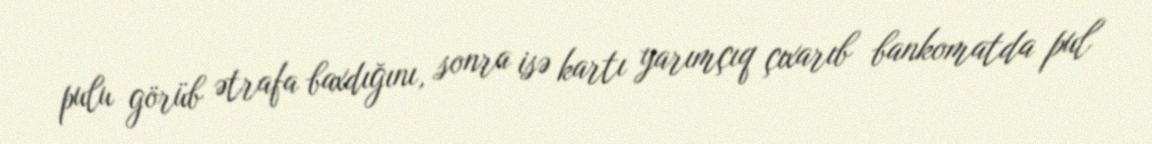
pulu görüb ətrafa baxdığını, sonra isə kartı yarımçıq çıxarıb bankomatda pul